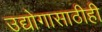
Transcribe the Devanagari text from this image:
उद्योगासाठीही